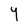
Character: Y